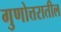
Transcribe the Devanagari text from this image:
गुणोत्तरातील